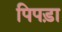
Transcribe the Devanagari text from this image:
पिपड़ा